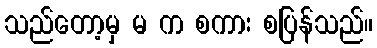
သည်တော့မှ မ က စကား စပြန်သည်။